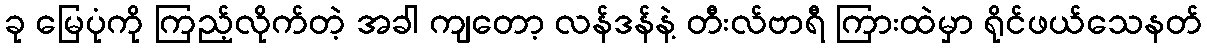
ခု မြေပုံကို ကြည့်လိုက်တဲ့ အခါ ကျတော့ လန်ဒန်နဲ့ တီးလ်ဗာရီ ကြားထဲမှာ ရိုင်ဖယ်သေနတ်